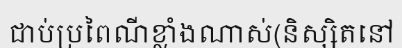
ជាប់ប្រពៃណីខ្លាំងណាស់(និស្សិតនៅ